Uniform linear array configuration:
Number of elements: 12
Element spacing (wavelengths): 0.5
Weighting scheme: blackman
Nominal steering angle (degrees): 60
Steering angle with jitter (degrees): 61.354
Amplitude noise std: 0.05
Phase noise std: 0.05

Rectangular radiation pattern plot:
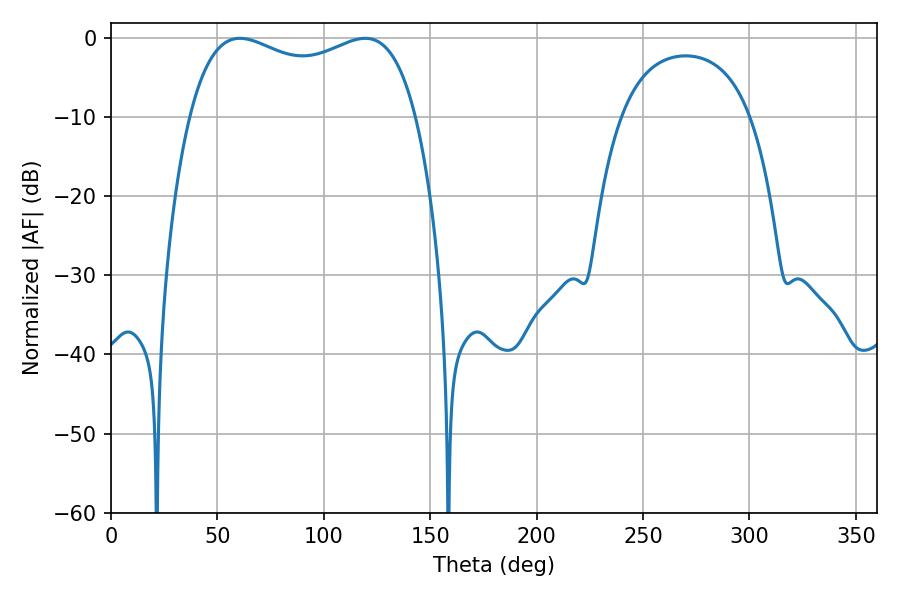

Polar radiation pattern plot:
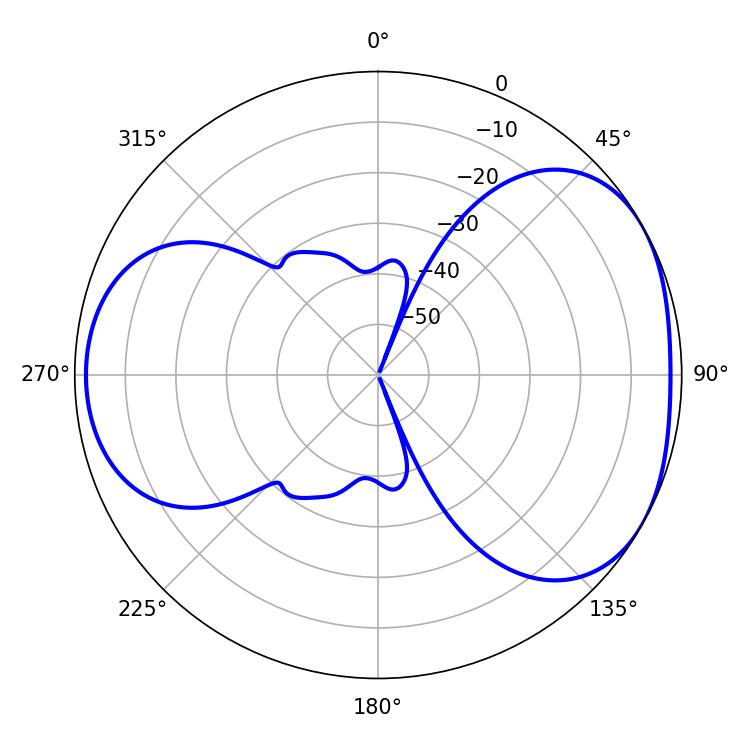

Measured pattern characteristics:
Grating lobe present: FALSE
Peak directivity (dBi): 4.348
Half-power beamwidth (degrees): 87.84
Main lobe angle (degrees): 60.48